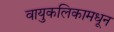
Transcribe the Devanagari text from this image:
वायुकलिकामधून